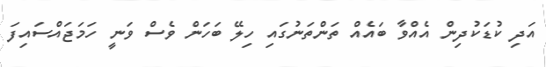
އަދި ކުޑަކުދިން އެއްވާ ބައެއް ތަންތަނުގައި ހިލޭ ބަހަން ވެސް ވަނީ ހަމަޖައްސައިފަ